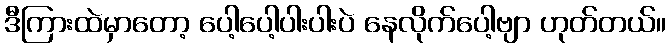
ဒီကြားထဲမှာတော့ ပေါ့ပေါ့ပါးပါးပဲ နေလိုက်ပေါ့ဗျာ ဟုတ်တယ်။